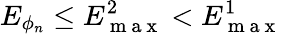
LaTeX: E_{\phi_{n}}\leq E_{\mathrm{~m~a~x~}}^{2}<E_{\mathrm{~m~a~x~}}^{1}